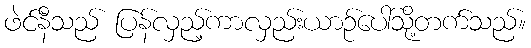
ဖဲင်နီသည် ပြန်လှည့်ကာလှည်းယာဉ်ပေါ်သို့တက်သည်။